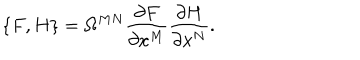
LaTeX: \{ F , H \} = \Omega ^ { M N } \frac { \partial F } { \partial x ^ { M } } \frac { \partial H } { \partial x ^ { N } } .